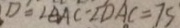
D = \angle B A C - \angle D A C = 7 5